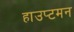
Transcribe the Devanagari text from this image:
हाउप्टमन